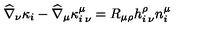
\widehat { \nabla } _ { \nu } \kappa _ { i } - \widehat { \nabla } _ { \mu } \kappa _ { i \: \nu } ^ { \mu } = R _ { \mu \rho } h _ { i \: \nu } ^ { \rho } n _ { i } ^ { \mu }